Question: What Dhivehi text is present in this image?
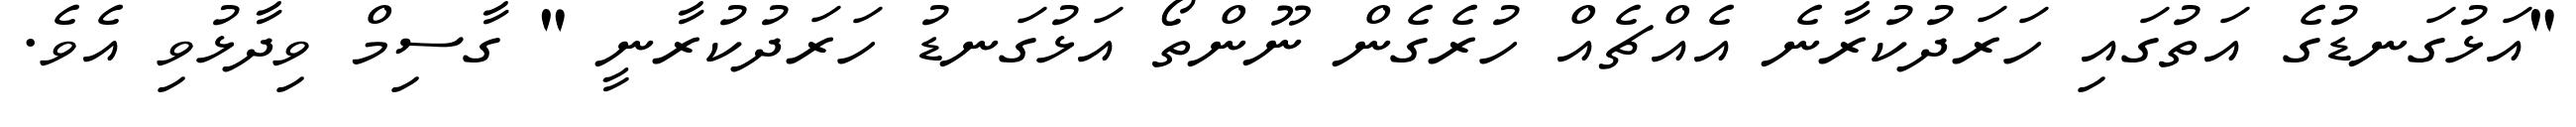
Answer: "އަޅުގަނޑުގެ އަތުގައި ހަރަދުކުރާނެ އެއްޗެއް ހުރެގެން ނޫންތޯ އަޅުގަނޑު ހަރަދުކުރާނީ " ގާސިމް ވިދާޅުވި އެވެ.